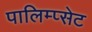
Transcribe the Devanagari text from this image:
पालिम्प्सेट